Lunatic asylums Bombay report 1891-1903 - 1891-1903
Year: 1891
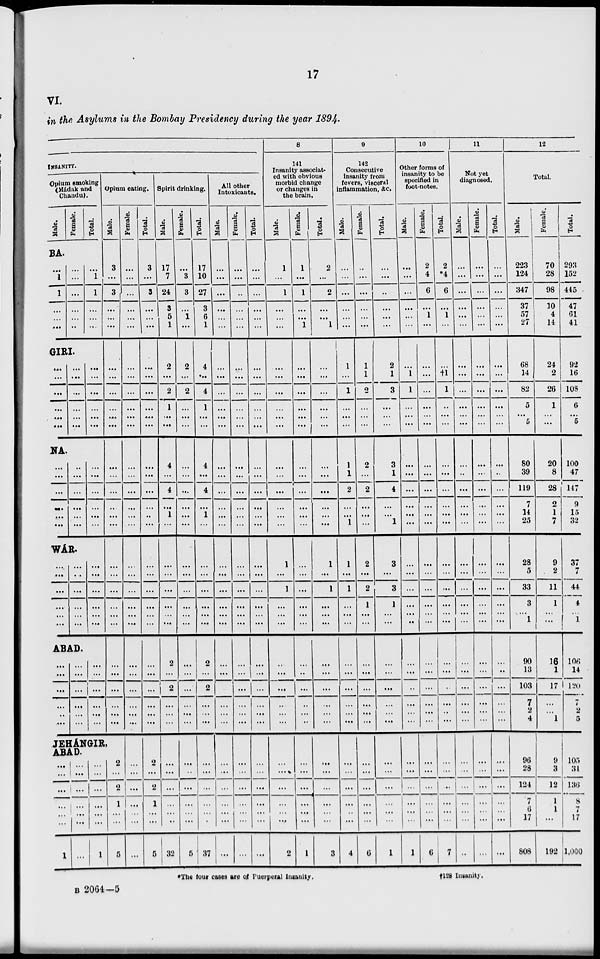
17
VI.
in the Asylums in the Bombay Presidency during the year 1894.
INSANITY.
Opium smoking
(Mádak and
Chandu).
Male.
Female.
Total.
BA.
...
1
1
...
...
...
...
...
...
...
...
...
...
1
1
...
...
...
GIRI.
...
...
...
...
...
...
...
...
...
...
...
...
...
...
...
...
...
...
NA.
...
...
...
...
...
...
...
...
...
...
...
...
...
...
...
...
...
...
WÁR.
...
...
...
...
...
...
...
...
...
...
...
...
...
...
...
...
...
...
ABAD.
...
...
...
...
..
...
...
...
...
...
...
...
...
...
...
...
...
...
Opium eating.
Male.
3
...
3
...
...
...
...
...
...
...
...
...
...
...
...
...
...
...
...
...
...
...
...
...
...
...
...
...
...
...
JEHÁNGIR,
ABAD.
...
...
...
...
...
...
1
...
...
...
...
...
...
...
...
...
...
...
...
...
1
2
...
2
1
...
...
5
Female.
...
...
...
...
...
...
...
...
...
...
...
...
...
...
...
...
...
...
...
...
...
...
...
...
...
...
...
...
...
...
...
...
...
...
...
...
...
Total.
3
...
3
...
...
...
...
...
...
...
...
...
...
...
...
...
...
...
...
...
...
...
...
...
...
...
...
...
...
...
2
...
2
1
...
...
5
Spirit drinking.
Male.
17
7
24
3
5
1
2
...
2
1
...
...
4
...
4
...
1
...
...
...
...
...
...
...
2
...
2
...
...
...
...
...
...
...
...
...
32
Female.
...
3
3
...
1
...
2
...
2
...
...
...
...
...
...
...
...
...
...
...
...
...
...
...
...
...
...
...
...
...
...
...
...
...
...
...
5
Total.
17
10
27
3
6
1
4
...
4
1
...
...
4
...
4
...
1
...
...
...
...
...
...
...
2
...
2
...
...
...
...
...
...
...
...
...
37
All other
Intoxicants.
Male.
...
...
...
...
...
...
...
...
...
...
...
...
...
...
...
...
...
...
...
...
...
...
...
...
...
...
...
...
...
...
...
...
...
...
...
...
...
Female.
...
...
...
...
...
...
...
...
...
...
...
...
...
...
...
...
...
...
...
...
...
...
...
...
...
...
...
...
...
...
...
...
...
...
...
...
...
Total.
...
...
...
...
...
...
...
...
...
...
...
...
...
...
...
...
...
...
...
...
...
...
...
...
...
...
...
...
...
...
...
...
...
...
...
...
...
8
141
Insanity associat-
ed with obvious
morbid change
or changes in
the brain.
Male.
1
...
1
...
...
...
...
...
...
...
...
...
...
...
...
...
...
...
1
...
1
...
...
...
...
...
...
...
...
...
...
...
...
...
...
...
2
Female.
1
...
1
...
...
1
...
...
...
...
...
...
...
...
...
...
...
...
...
...
...
...
...
...
...
...
...
...
...
...
...
...
...
...
...
...
1
Total.
2
...
2
...
...
1
...
...
...
...
...
...
...
...
...
...
...
...
1
...
1
...
...
...
...
...
...
...
...
...
...
...
...
...
...
...
3
9
142
Consecutive
insanity from
fevers, visceral
inflammation, &c.
Male.
...
...
...
...
...
...
1
...
1
...
...
...
1
1
2
...
...
1
1
...
1
...
...
...
...
...
...
...
...
...
...
...
...
...
...
...
4
Female.
...
...
...
...
...
...
1
1
2
...
...
...
2
...
2
...
...
...
2
...
2
1
...
...
...
...
...
...
...
...
...
...
...
...
...
...
6
Total.
...
...
...
...
...
...
2
1
3
...
...
...
3
1
4
...
...
1
3
...
3
1
...
...
...
...
...
...
...
...
...
...
...
...
...
...
10
10
Other forms of
insanity to be
specified in
foot-notes.
Male.
...
...
...
...
...
...
...
1
1
...
...
...
...
...
...
...
...
...
...
...
...
...
...
...
...
...
...
...
...
...
...
...
...
...
...
...
1
Female.
2
4
6
...
1
...
...
...
...
...
...
...
...
...
...
...
...
...
...
...
...
...
...
...
...
...
...
...
...
...
...
...
...
...
...
...
6
Total.
2
*4
6
...
1
...
...
†1
1
...
...
...
...
...
...
...
...
...
...
...
...
...
...
...
...
...
...
...
...
...
...
...
...
...
...
...
7
11
Not yet
diagnosed.
Male.
...
...
...
...
...
...
...
...
...
...
...
...
...
...
...
...
...
...
...
...
...
...
...
...
...
...
...
...
...
...
...
...
...
...
...
...
...
Female.
...
...
...
...
...
...
...
...
...
...
...
...
...
...
...
...
...
...
...
...
...
...
...
...
...
...
...
...
...
...
...
...
...
...
...
...
...
Total.
...
...
...
...
...
...
...
...
...
...
...
...
...
...
...
...
...
...
...
...
...
...
...
...
...
...
...
...
...
...
...
...
...
...
...
...
...
12
Total.
Male.
223
124
347
37
57
27
68
14
82
5
...
5
80
39
119
7
14
25
28
5
33
3
...
1
90
13
103
7
2
4
96
28
124
7
6
17
808
Female.
70
28
98
10
4
14
24
2
26
1
...
...
20
8
28
2
1
7
9
2
11
1
...
...
16
1
17
...
...
1
9
3
12
1
1
...
192
Total.
293
152
445
47
61
41
92
16
108
6
...
5
100
47
147
9
15
32
37
7
44
4
...
1
106
14
120
7
2
5
105
31
136
8
7
17
1,000
*The four cases are of Puerperal Insanity.
†
128
Insanity.
B 2064—5